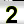
Digit: 2